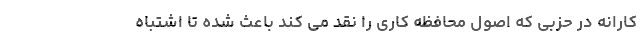
کارانه در حزبی که اصول محافظه کاری را نقد می کند باعث شده تا اشتباه